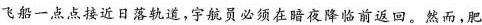
飞船一点点接近日落轨道，宇航员必须在暗夜降临前返回。然而，肥